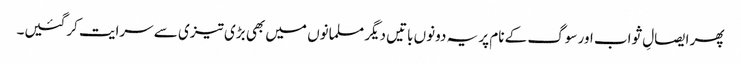
پھر ایصالِ ثواب اور سوگ کے نام پر یہ دونوں باتیں دیگر مسلمانوں میں بھی بڑی تیزی سے سرایت کرگئیں۔